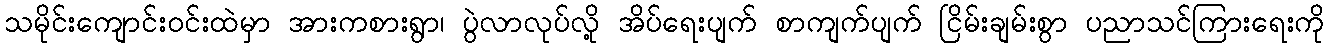
သမိုင်းကျောင်းဝင်းထဲမှာ အားကစားရွာ၊ ပွဲလာလုပ်လို့ အိပ်ရေးပျက် စာကျက်ပျက် ငြိမ်းချမ်းစွာ ပညာသင်ကြားရေးကို